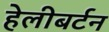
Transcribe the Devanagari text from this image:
हेलीबर्टन